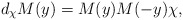
\begin{align*}d_\chi M(y)=M(y)M(-y)\chi, \end{align*}